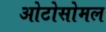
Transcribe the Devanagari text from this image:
ओटोसोमल